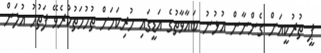
ޕީ ތުރުކީއަށް ގެންނާން އުޅުނު ބަޣާވާތުގެ އަޑީގައި ހުރިކަމަށް ތުހުމަތުކުރެވޭ ފަތުހު ޣުލަން